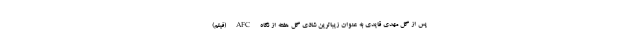
پس از گل مهدی قایدی به عنوان زیباترین شادی گل هفته از نگاه AFC (فیلم)